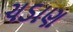
ચડાણ